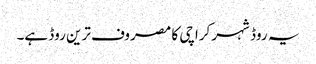
یہ روڈ شہر کراچی کا مصروف ترین روڈ ہے۔